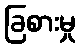
ခြစားမှု